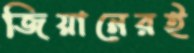
জিয়ানেরই